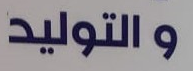
والتوليد